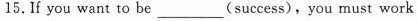
15.If you want to be ___(success),you must work